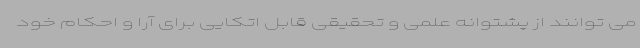
می توانند از پشتوانه علمی و تحقیقی قابل اتکایی برای آرا و احکام خود